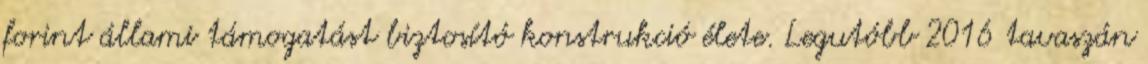
forint állami támogatást biztosító konstrukció élete. Legutóbb 2016 tavaszán